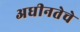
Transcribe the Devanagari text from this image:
अधीनतेचे